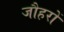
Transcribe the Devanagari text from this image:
जौहरों